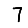
Digit: 7